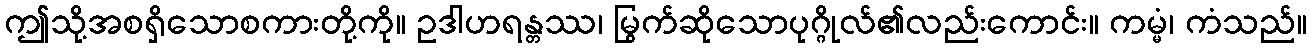
ဤသို့အစရှိသောစကားတို့ကို။ ဥဒါဟရန္တဿ၊ မြွက်ဆိုသောပုဂ္ဂိုလ်၏လည်းကောင်း။ ကမ္မံ၊ ကံသည်။